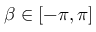
\beta \in [ - \pi , \pi ]